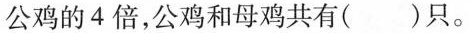
公鸡的4倍，公鸡和母鸡共有()只。